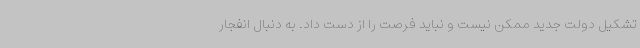
تشکیل دولت جدید ممکن نیست و نباید فرصت را از دست داد. به دنبال انفجار